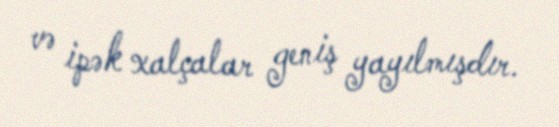
və ipək xalçalar geniş yayılmışdır.